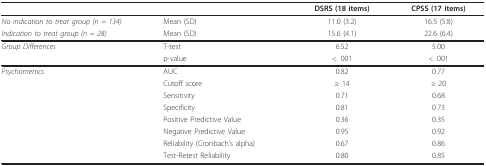
<table><thead><tr><td></td><td></td><td><b>DSRS (18 items)</b></td><td><b>CPSS (17 items)</b></td></tr></thead><tbody><tr><td><i>No indication to treat group (n = 134)</i></td><td>Mean (SD)</td><td>11.0 (3.2)</td><td>16.5 (5.8)</td></tr><tr><td><i>Indication to treat group (n = 28)</i></td><td>Mean (SD)</td><td>15.6 (4.1)</td><td>22.6 (6.4)</td></tr><tr><td><i>Group Differences</i></td><td>T-test</td><td>6.52</td><td>5.00</td></tr><tr><td></td><td>p-value</td><td>&lt;. 001</td><td>&lt;. 001</td></tr><tr><td><i>Psychometrics</i></td><td>AUC</td><td>0.82</td><td>0.77</td></tr><tr><td></td><td>Cutoff score</td><td>≥ 14</td><td>≥ 20</td></tr><tr><td></td><td>Sensitivity</td><td>0.71</td><td>0.68</td></tr><tr><td></td><td>Specificity</td><td>0.81</td><td>0.73</td></tr><tr><td></td><td>Positive Predictive Value</td><td>0.36</td><td>0.35</td></tr><tr><td></td><td>Negative Predictive Value</td><td>0.95</td><td>0.92</td></tr><tr><td></td><td>Reliability (Cronbach&#x27;s alpha)</td><td>0.67</td><td>0.86</td></tr><tr><td></td><td>Test-Retest Reliability</td><td>0.80</td><td>0.85</td></tr></tbody></table>